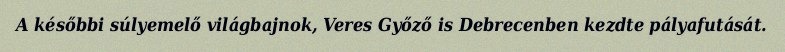
A későbbi súlyemelő világbajnok, Veres Győző is Debrecenben kezdte pályafutását.